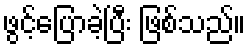
ဖွင့်ပြောခဲ့ပြီး ဖြစ်သည်။